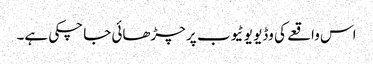
اس واقعے کی وڈیو یو ٹیوب پر چڑھائی جا چکی ہے۔